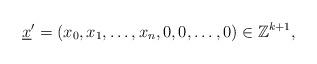
LaTeX: \begin{align*} \underline{x}^{\prime}=(x_{0},x_{1},\ldots,x_{n},0,0,\ldots,0)\in \mathbb{Z}^{k+1},\end{align*}